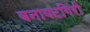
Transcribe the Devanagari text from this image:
बनावटगिरी